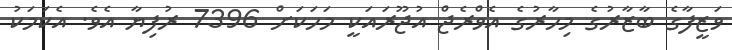
ވަޒީފާގެ ބާޒާރުގެ މިހާރުގެ އެވްރެޖް އުޖޫރައަކީ މަހަކަށް 7396 ރުފިޔާ އެވެ. އެކަމަކު